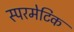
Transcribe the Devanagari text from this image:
स्परमेटिक